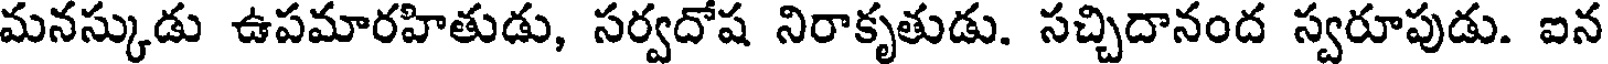
మనస్కుడు ఉపమారహితుడు, సర్వదోష నిరాకృతుడు. సచ్చిదానంద స్వరూపుడు. ఐన